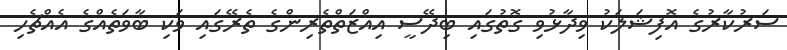
ސަރުކާރުގެ އޮފިޝަލަކު ވިދާޅުވި ގޮތުގައި ބިދޭސީ އިއްޒަތްތެރިންގެ ތެރޭގައި ވަކި ބާވަތެއްގެ އެއްޗެހި